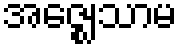
အဇ္ဈေသာမ